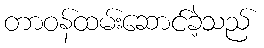
တာဝန်ထမ်းဆောင်ခဲ့သည်